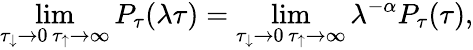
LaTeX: \operatorname*{lim}_{\substack{\tau_{\downarrow}\rightarrow 0\, \tau_{\uparrow}\rightarrow\infty}}P_{\tau}(\lambda\tau)=\operatorname*{lim}_{\substack{\tau_{\downarrow}\rightarrow 0\, \tau_{\uparrow}\rightarrow\infty}}\lambda^{-\alpha}P_{\tau}(\tau),